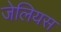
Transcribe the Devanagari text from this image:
जेलियस